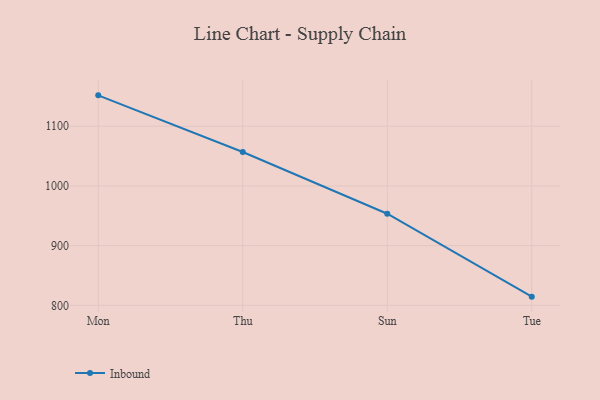
{"axis": {"x": "Day", "y": "Tickets Resolved"}, "legend": ["Inbound"], "data": [{"x": "Mon", "y": 1151.8, "type": "Inbound"}, {"x": "Thu", "y": 1056.9, "type": "Inbound"}, {"x": "Sun", "y": 953.4, "type": "Inbound"}, {"x": "Tue", "y": 814.5, "type": "Inbound"}]}